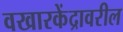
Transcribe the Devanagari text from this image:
वखारकेंद्रावरील